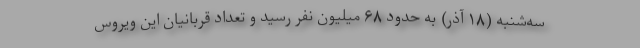
سه‌شنبه (۱۸ آذر) به حدود ۶۸ میلیون نفر رسید و تعداد قربانیان این ویروس